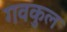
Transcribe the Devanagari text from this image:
गवकुल